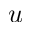
u